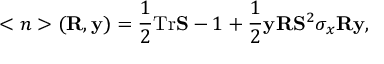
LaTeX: < n > ( { \bf R } , { \bf y } ) = \frac 1 2 \mathrm { T } \mathrm { r } { \bf S } - 1 + \frac 1 2 { \bf y } { \bf R } { \bf S } ^ { 2 } \sigma _ { x } { \bf R } { \bf y } ,